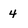
Character: 4